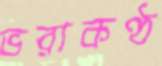
ভরাকণ্ঠ